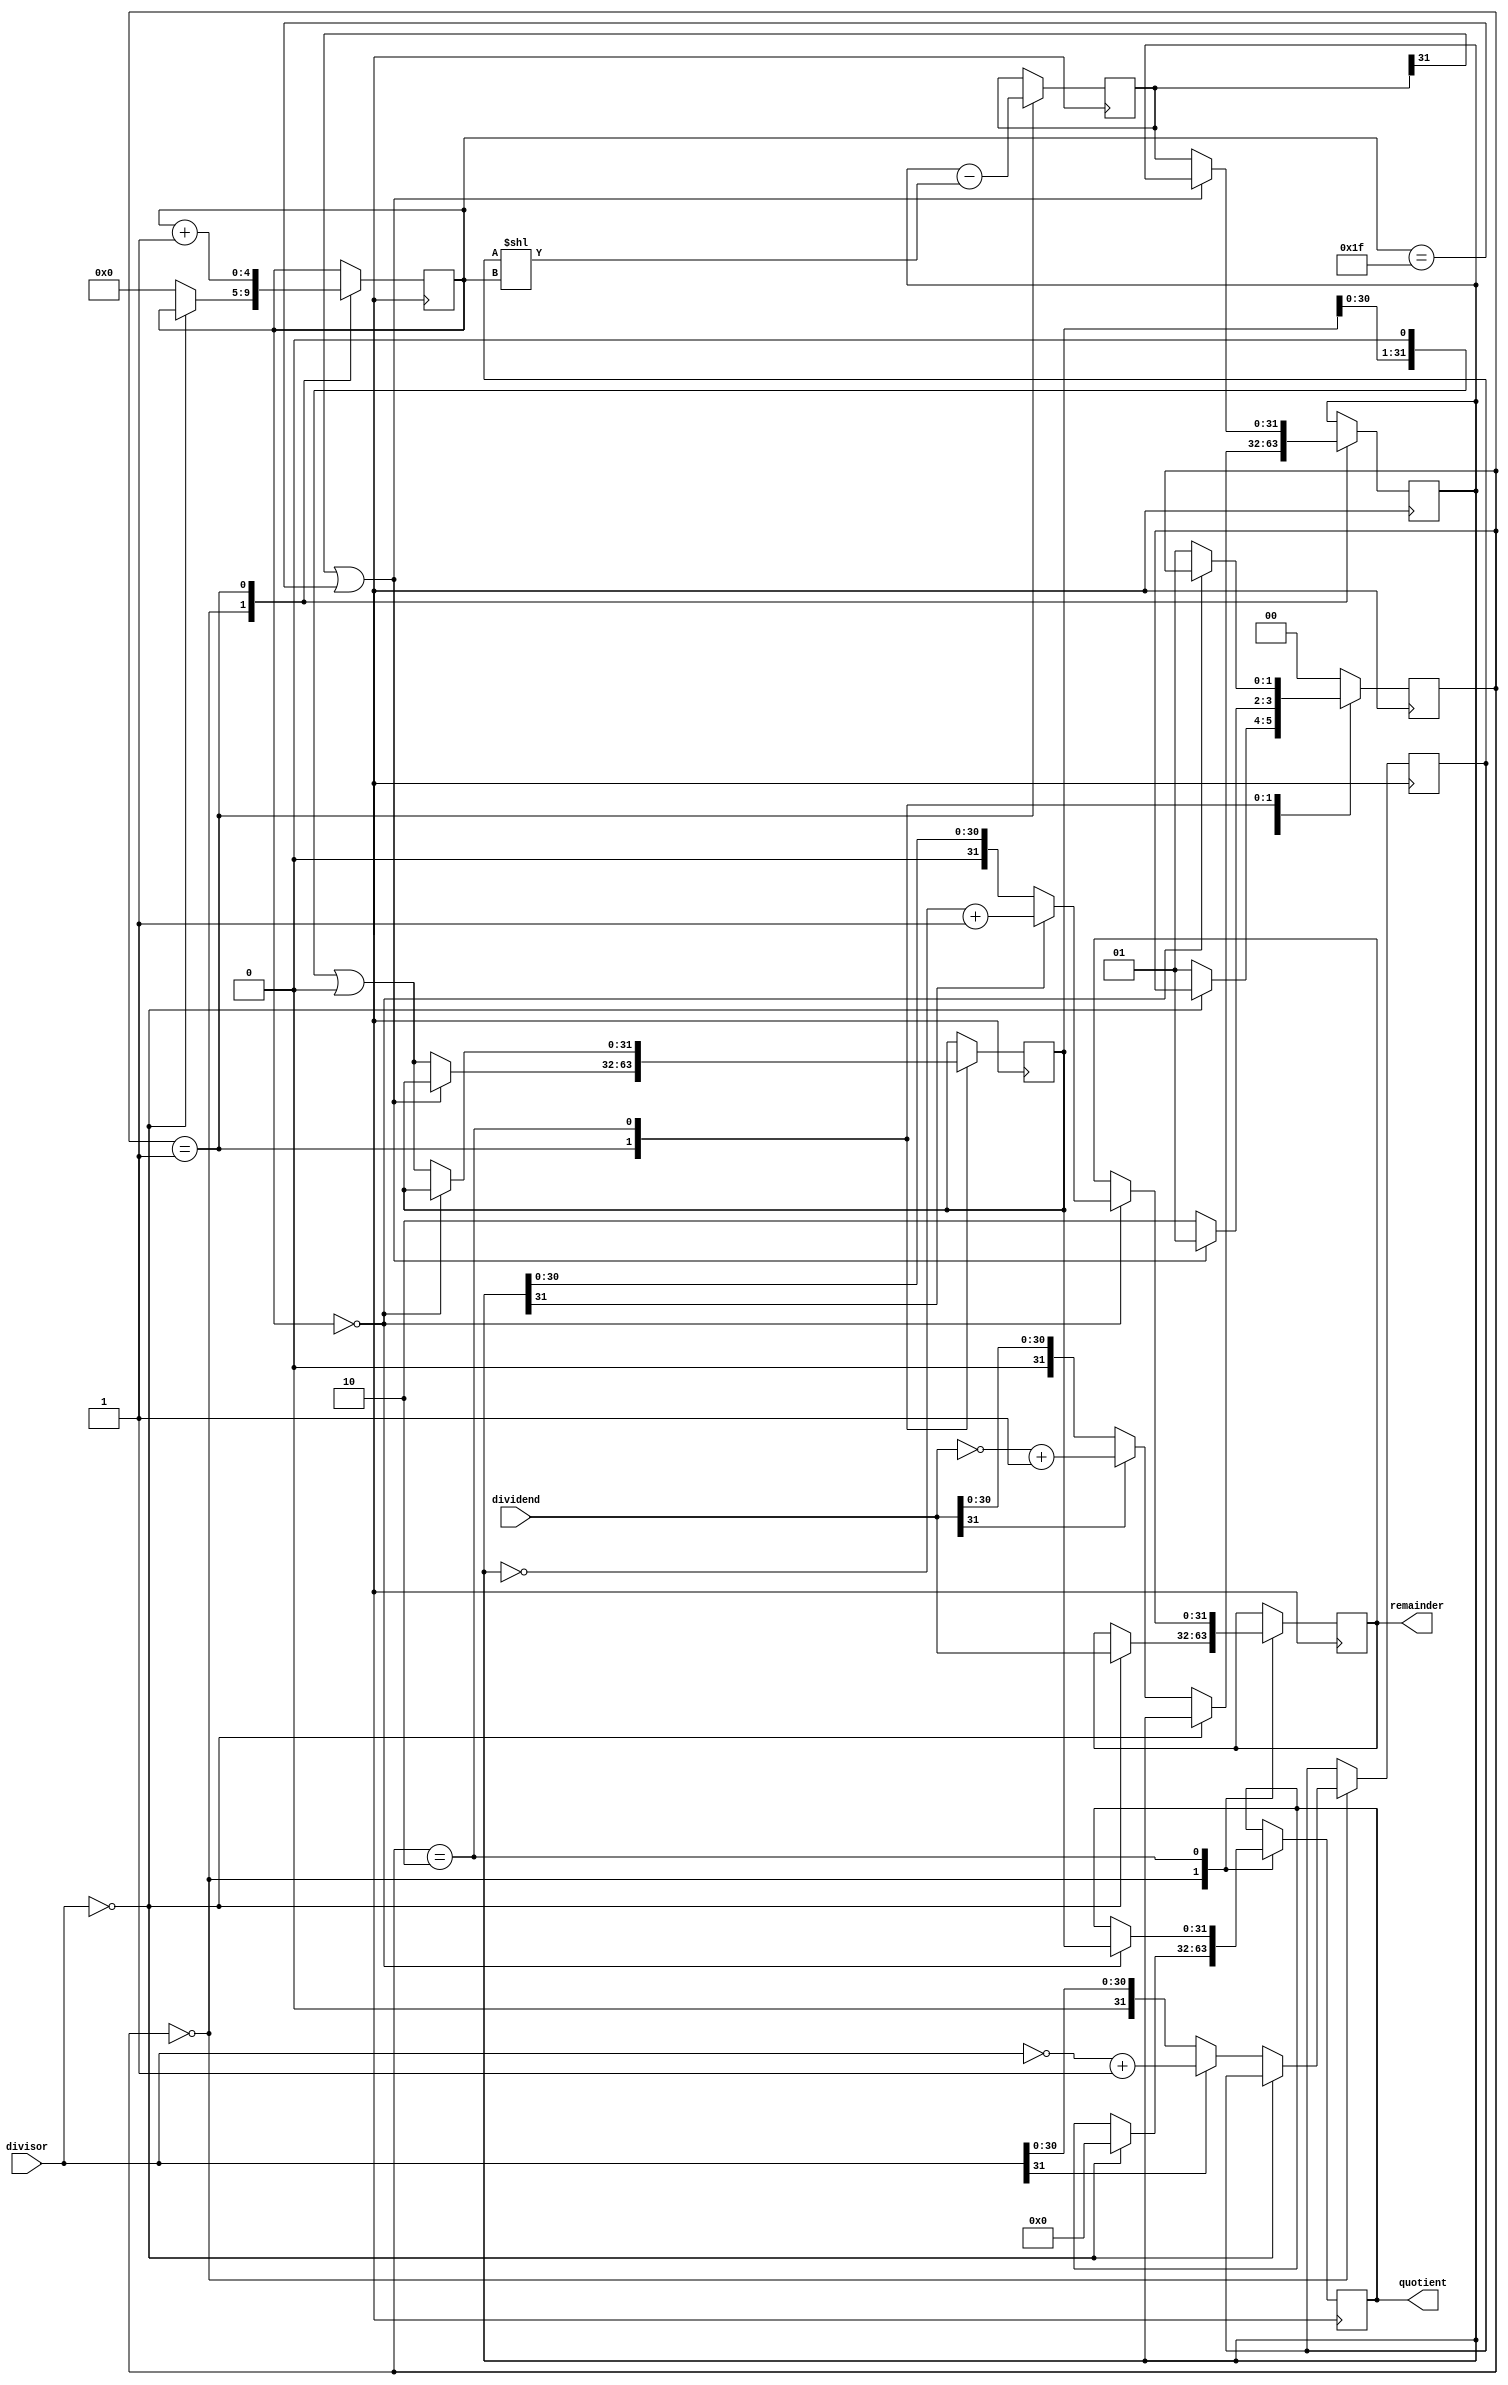
module NonRestoringDivider(
    input [31:0] dividend,
    input [31:0] divisor,
    output reg [31:0] quotient,
    output reg [31:0] remainder
);

reg [31:0] negative_dividend;
reg [31:0] negative_divisor;
reg [31:0] temp_result;
reg [31:0] result;
reg [4:0] count;
reg [1:0] state;
reg done;

always @(posedge clk) begin
    case(state)
        2'b00: begin // Initialization state
            if(divisor == 0) begin
                quotient <= 32'd0; // Handle divide by zero
                remainder <= dividend;
                done <= 1;
            end else begin
                negative_dividend <= dividend[31] ? ~dividend + 32'd1 : dividend;
                negative_divisor <= divisor[31] ? ~divisor + 32'd1 : divisor;
                count <= 5'd0;
                state <= 2'd01;
            end
        end
        2'b01: begin // Shift and subtract state
            temp_result <= negative_dividend - (negative_divisor << count);
            if(temp_result[31] == 1 || count == 5'd31) begin
                count <= count + 5'd1;
                state <= 2'd01;
            end else begin
                negative_dividend <= temp_result;
                result <= result << 1 | 1'b0;
                count <= count + 5'd1;
                state <= 2'd10;
            end
        end
        2'b10: begin // Update result state
            if(count == 5'd0) begin
                remainder <= negative_dividend[31] ? ~negative_dividend + 32'd1 : negative_dividend;
                quotient <= result;
                done <= 1;
            end else begin
                result <= result << 1 | 1'b0;
                state <= 2'd01;
            end
        end
        default: state <= 2'd00;
    endcase
end

endmodule